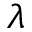
\lambda